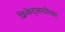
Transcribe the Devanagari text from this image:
क्रिकेट्साठीच्या